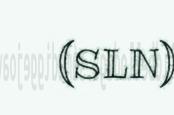
(SLN)